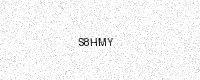
Text: S8HMY